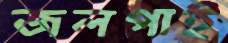
জলপাই